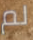
لم